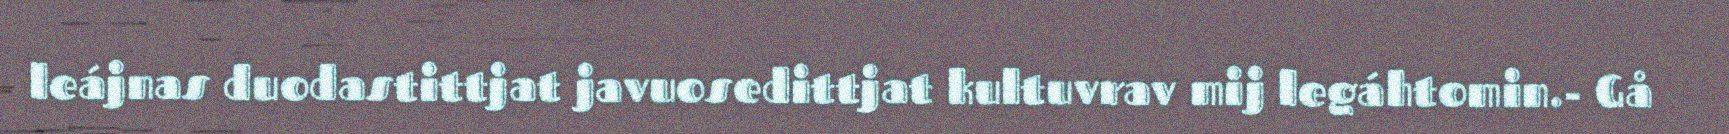
leájnas duodastittjat javuosedittjat kultuvrav mij legáhtomin.- Gå